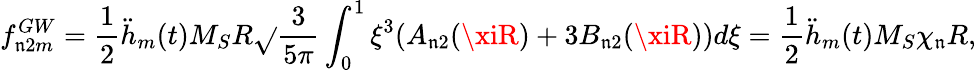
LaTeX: f_{\mathfrak{n}2m}^{GW}=\frac{1}{2}\ddot{{h}}_{m}(t)M_{S}R\sqrt{}{{\frac{{3}}{{5\pi}}}}\int_{0}^{1}\xi^{3}(A_{\mathfrak{n}2}(\xiR)+3B_{\mathfrak{n}2}(\xiR))d\xi=\frac{1}{2}\ddot{{h}}_{m}(t)M_{S}\chi_{\mathfrak{n}}R,